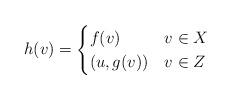
LaTeX: \begin{align*}h(v) = \begin{cases}f(v) & v \in X \\(u,g(v)) & v \in Z \\ \end{cases}\end{align*}